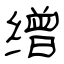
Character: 缯